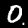
Digit: 0